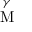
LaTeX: \overset { \gamma } { \mathrm { M } }